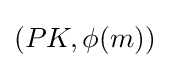
(PK,\phi (m))